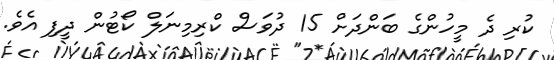
ކުރި ދެ މީހުންގެ ބަންދަށް 15 ދުވަސް ކްރިމިނަލް ކޯޓުން ދީފި އެވެ.